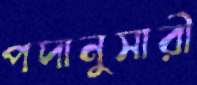
পদানুসারী